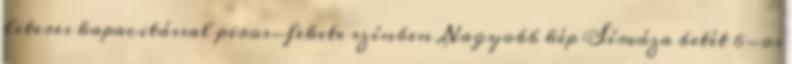
literes kapacitással piros-fekete színben Nagyobb kép Sírváza betét 6-os